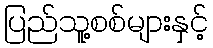
ပြည်သူ့စစ်များနှင့်